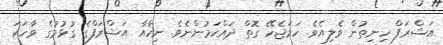
އަޝްރަފް ހިނިތުން ވެލިއެވެ. ހަމަޖެހޭ ގޮތް ދައްކަމުންނެވެ. ނިހާއާ އަޝްރަފްގެ ގުޅުމުގެ ވާހަކަ